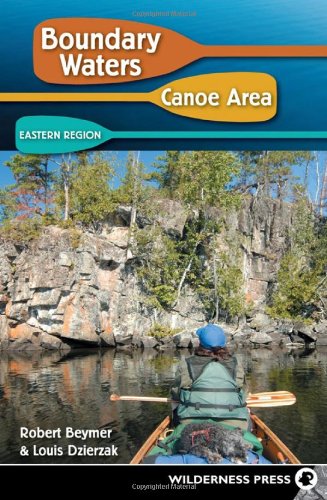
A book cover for Boundary Waters Canoe Area: Eastern Region; Robert Beymer; Sports & Outdoors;